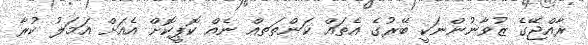
ރާއްޖޭގެ ޒުވާނުންނަކީ ބޭރުގެ އެތައް ކަންތަތއް ނެއް ކޮޕީކޮށް އެއަށް އަމަލު ކުރާ